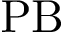
\mathrm { P B }